Vaccination in Bombay 1889-1901 - 1889-1901
Year: 1889
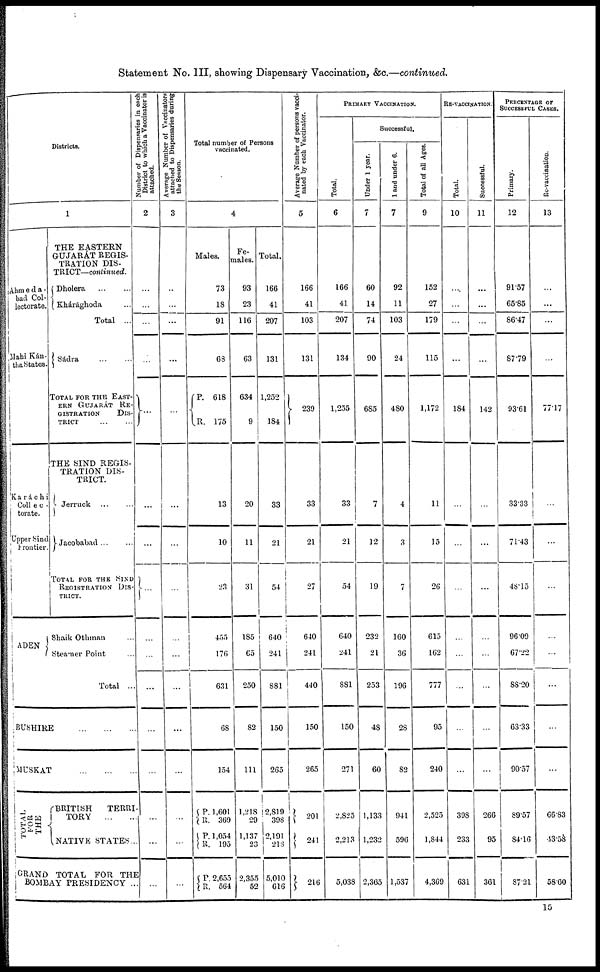
Statement No. III, showing Dispensary Vaccination, &c.—continued.
Districts.
1
Ahmeda-
bad Col-
lectorate.
Mahi Kán-
tha States.
Karáchi
Collec-
torate.
Upper Sind
Frontier.
ADEN
THE EASTERN
GUJARÁT REGIS-
TRATION DIS-
TRICT—continued.
Dholera
...
...
Khárághoda ...
Total ...
Sádra ... ...
TOTAL FOR THE EAST-
ERN GUJARÁT RE-
GISTRATION
DIS-
TRICT ... ...
THE SIND REGIS-
TRATION DIS-
TRICT.
Jerruck
...
...
Jacobabad ... ...
TOTAL FOR THE SIND
REGISTRATION DIS-
TRICT.
Shaik Othman ...
Steamer Point ...
Total ...
BUSHIRE
...
...
...
MUSKAT
...
...
...
TOTAL
FOR
THE
BRITISH
TERRI-
TORY
...
...
NATIVE STATES...
GRAND TOTAL FOR THE
BOMBAY PRESIDENCY ...
Number of Dispensaries in each
District to which a Vaccinator is
attached.
2
...
...
...
...
...
...
...
...
...
...
...
...
...
...
...
...
Average Number of Vaccinators
attached to Dispensaries during
the Season.
3
...
...
...
...
...
...
...
...
...
...
...
...
...
...
...
...
Total number of Persons
vaccinated.
4
Males.
P.
R.
73
18
91
68
618
175
13
10
23
455
176
631
68
154
P.
R.
P.
R.
P.
R.
1,601
369
1,054
195
2,655
564
Fe-
males.
93
23
116
63
634
9
20
11
31
185
65
250
82
111
1,218
29
1,137
23
2,355
52
Total.
166
41
207
131
1,252
184
33
21
54
640
241
881
150
265
2,819
398
2,191
218
5,010
616
Average Number of persons vacci-
nated by each Vaccinator.
5
166
41
103
131
239
33
21
27
640
241
440
150
265
201
241
216
PRIMARY VACCINATION.
Total.
6
166
41
207
134
1,255
33
21
54
640
241
881
150
271
2,825
2,213
5,038
Successful.
Under 1 year.
7
60
14
74
90
685
7
12
19
232
21
253
48
60
1,133
1,232
2,365
1 and under 6.
7
92
11
103
24
480
4
3
7
160
36
196
28
82
941
596
1,537
Total of all Ages.
9
152
27
179
115
1,172
11
15
26
615
162
777
95
240
2,525
1,844
4,369
RE-VACCINATION.
Total.
10
...
...
...
...
184
...
...
...
...
...
...
...
...
398
233
631
Successful.
11
...
...
...
...
142
...
...
...
...
...
...
...
...
266
95
361
PERCENTAGE OF
SUCCESSFUL CASES.
Primary.
12
91.57
65.85
86.47
87.79
93.61
33.33
71.43
48.15
96.09
67.22
88.20
63.33
90.57
89.57
84.16
87.21
Re-vaccination.
13
...
...
...
...
77.17
...
...
...
...
...
...
...
...
66.83
43.58
58.60
15